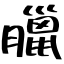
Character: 臘